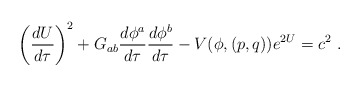
\begin{align*}\left ({d U \over d\tau}\right )^2 + G_{ab} {d\phi^a \over d\tau }{d\phi^b\over d\tau } -V(\phi, (p,q)) e^{2U} = c^2\ .\end{align*}